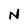
Character: N